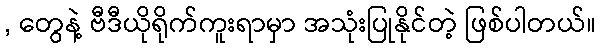
, တွေနဲ့ ဗီဒီယိုရိုက်ကူးရာမှာ အသုံးပြုနိုင်တဲ့ ဖြစ်ပါတယ်။